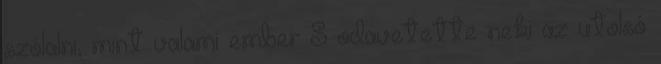
szólalni, mint valami ember S odavetette neki az utolsó